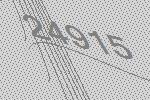
24915